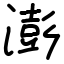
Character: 澎